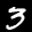
Label: 3